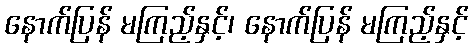
နောက်ပြန် မကြည့်နှင့်၊ နောက်ပြန် မကြည့်နှင့်